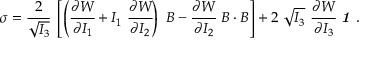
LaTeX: { \boldsymbol { \sigma } } = { \cfrac { 2 } { \sqrt { I _ { 3 } } } } ~ \left[ \left( { \cfrac { \partial W } { \partial I _ { 1 } } } + I _ { 1 } ~ { \cfrac { \partial W } { \partial I _ { 2 } } } \right) ~ { \boldsymbol { B } } - { \cfrac { \partial W } { \partial I _ { 2 } } } ~ { \boldsymbol { B } } \cdot { \boldsymbol { B } } \right] + 2 ~ { \sqrt { I _ { 3 } } } ~ { \cfrac { \partial W } { \partial I _ { 3 } } } ~ { \boldsymbol { \mathit { 1 } } } ~ .